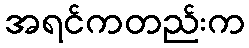
အရင်ကတည်းက